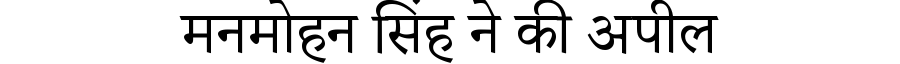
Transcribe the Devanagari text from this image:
मनमोहन सिंह ने की अपील